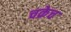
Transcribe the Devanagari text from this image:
चक्रेच